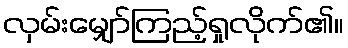
လှမ်းမျှော်ကြည့်ရှုလိုက်၏။